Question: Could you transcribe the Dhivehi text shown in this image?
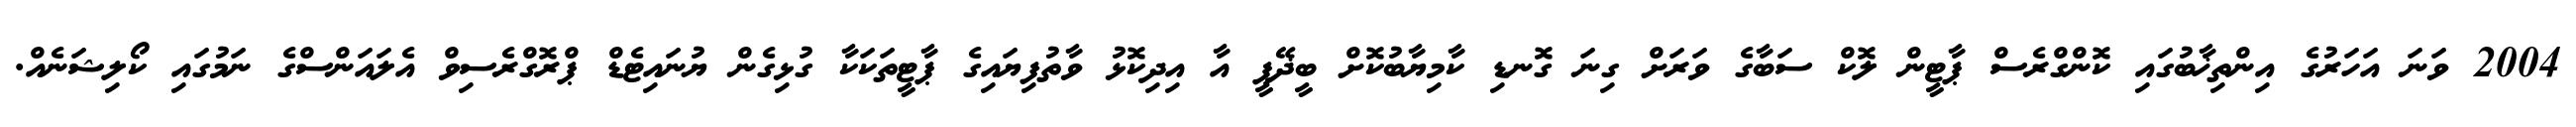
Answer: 2004 ވަނަ އަހަރުގެ އިންތިޚާބުގައި ކޮންގްރެސް ޕާޓީން ލޮކް ސަބާގެ ވަރަށް ގިނަ ގޮނޑި ކާމިޔާބުކޮށް ބީޛޭޕީ އާ އިދިކޮޅު ވާތުފިޔައިގެ ޕާޓީތަކަކާ ގުޅިގެން ޔުނައިޓެޑް ޕްރޮގްރެސިވް އެލައަންސްގެ ނަމުގައި ކޯލިޝަނެއް.